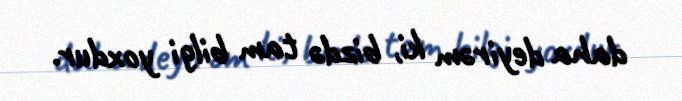
daha deyirəm ki, bizdə tam bilgi yoxdur.